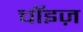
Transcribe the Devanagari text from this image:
चॉइज़